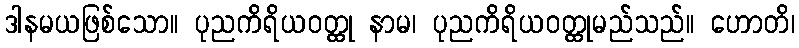
ဒါနမယဖြစ်သော။ ပုညကိရိယဝတ္ထု နာမ၊ ပုညကိရိယဝတ္ထုမည်သည်။ ဟောတိ၊